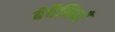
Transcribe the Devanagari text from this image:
बेचैनियाँ